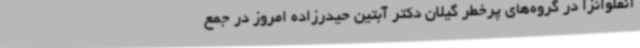
آنفلوانزا در گروه‌های پرخطر گیلان دکتر آبتین حیدرزاده امروز در جمع